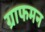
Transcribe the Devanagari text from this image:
ग्राफमन